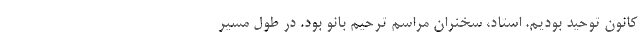
کانون توحید بودیم. استاد، سخنران مراسم ترحیم بانو بود. در طول مسیر